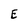
Character: E